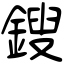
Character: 鎪